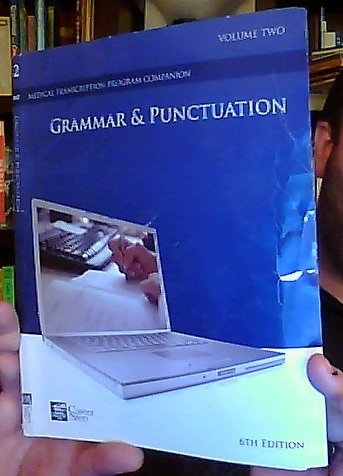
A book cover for Grammar & Punctuation: Volume Two, 6th Edition (Career Step Medical Transcription Program Companion); LLC Career Step; Medical Books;